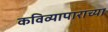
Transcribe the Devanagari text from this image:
कविव्यापाराच्या